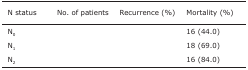
<table><thead><tr><td><b>N status</b></td><td><b>No. of patients</b></td><td><b>Recurrence (%)</b></td><td><b>Mortality (%)</b></td></tr></thead><tbody><tr><td>N<sub>0</sub></td><td>[EMPTY_CELL]</td><td>[EMPTY_CELL]</td><td>16 (44.0)</td></tr><tr><td>N<sub>1</sub></td><td>[EMPTY_CELL]</td><td>[EMPTY_CELL]</td><td>18 (69.0)</td></tr><tr><td>N<sub>2</sub></td><td>[EMPTY_CELL]</td><td>[EMPTY_CELL]</td><td>16 (84.0)</td></tr></tbody></table>